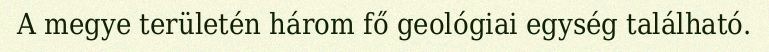
A megye területén három fő geológiai egység található.